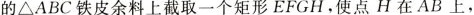
的△ABC铁皮余料上截取一个矩形EFGH，使点H在AB上，